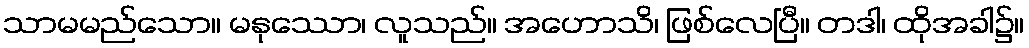
သာမမည်သော။ မနုဿော၊ လူသည်။ အဟောသိ၊ ဖြစ်လေပြီ။ တဒါ၊ ထိုအခါ၌။